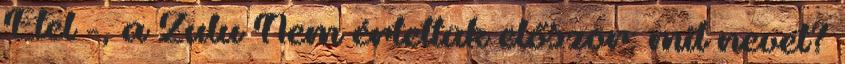
Etel -, a Zulu Nem értettük először: mit nevet?